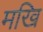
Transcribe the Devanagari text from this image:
मखि